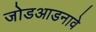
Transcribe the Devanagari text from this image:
जोडआडनावे